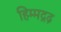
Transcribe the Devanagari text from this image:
हिम्मद्गढ़